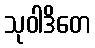
သုဝါဒိတေ